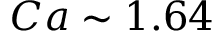
C a \sim 1 . 6 4